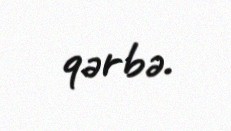
qərbə.